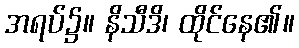
အရပ်၌။ နိသီဒိ၊ ထိုင်နေ၏။